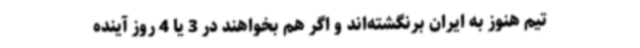
تیم هنوز به ایران برنگشته‌اند و اگر هم بخواهند در 3 یا 4 روز آینده